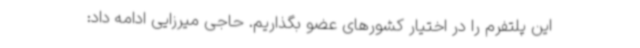
این پلتفرم را در اختیار کشورهای عضو بگذاریم. حاجی میرزایی ادامه داد: